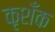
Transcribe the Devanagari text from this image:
कृशँक